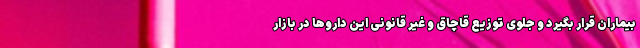
بیماران قرار بگیرد و جلوی توزیع قاچاق و غیر قانونی این داروها در بازار